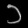
Digit: ၁